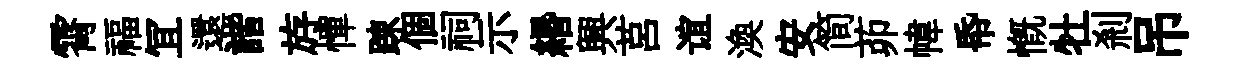
霄福冝還諧斿憚踈個祠示緡興莒谊渙安简茆幃帋慨牡剎吊